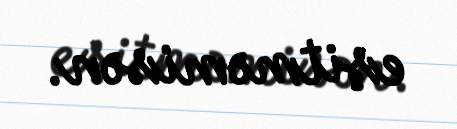
eşitməmisən.